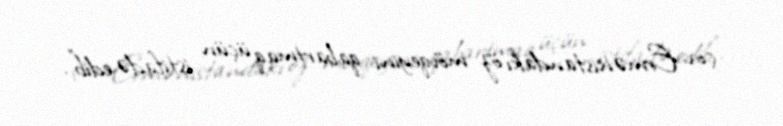
çox Ermənistandakı öz mövqeyini qabartmaq üçün istifadə edib”.